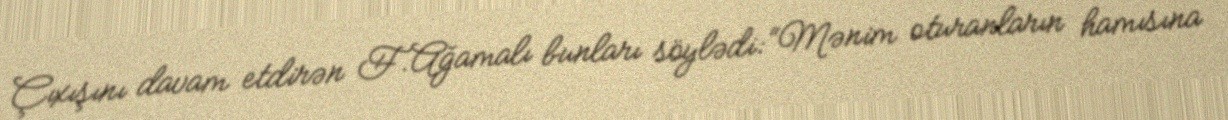
Çıxışını davam etdirən F.Ağamalı bunları söylədi: “Mənim oturanların hamısına